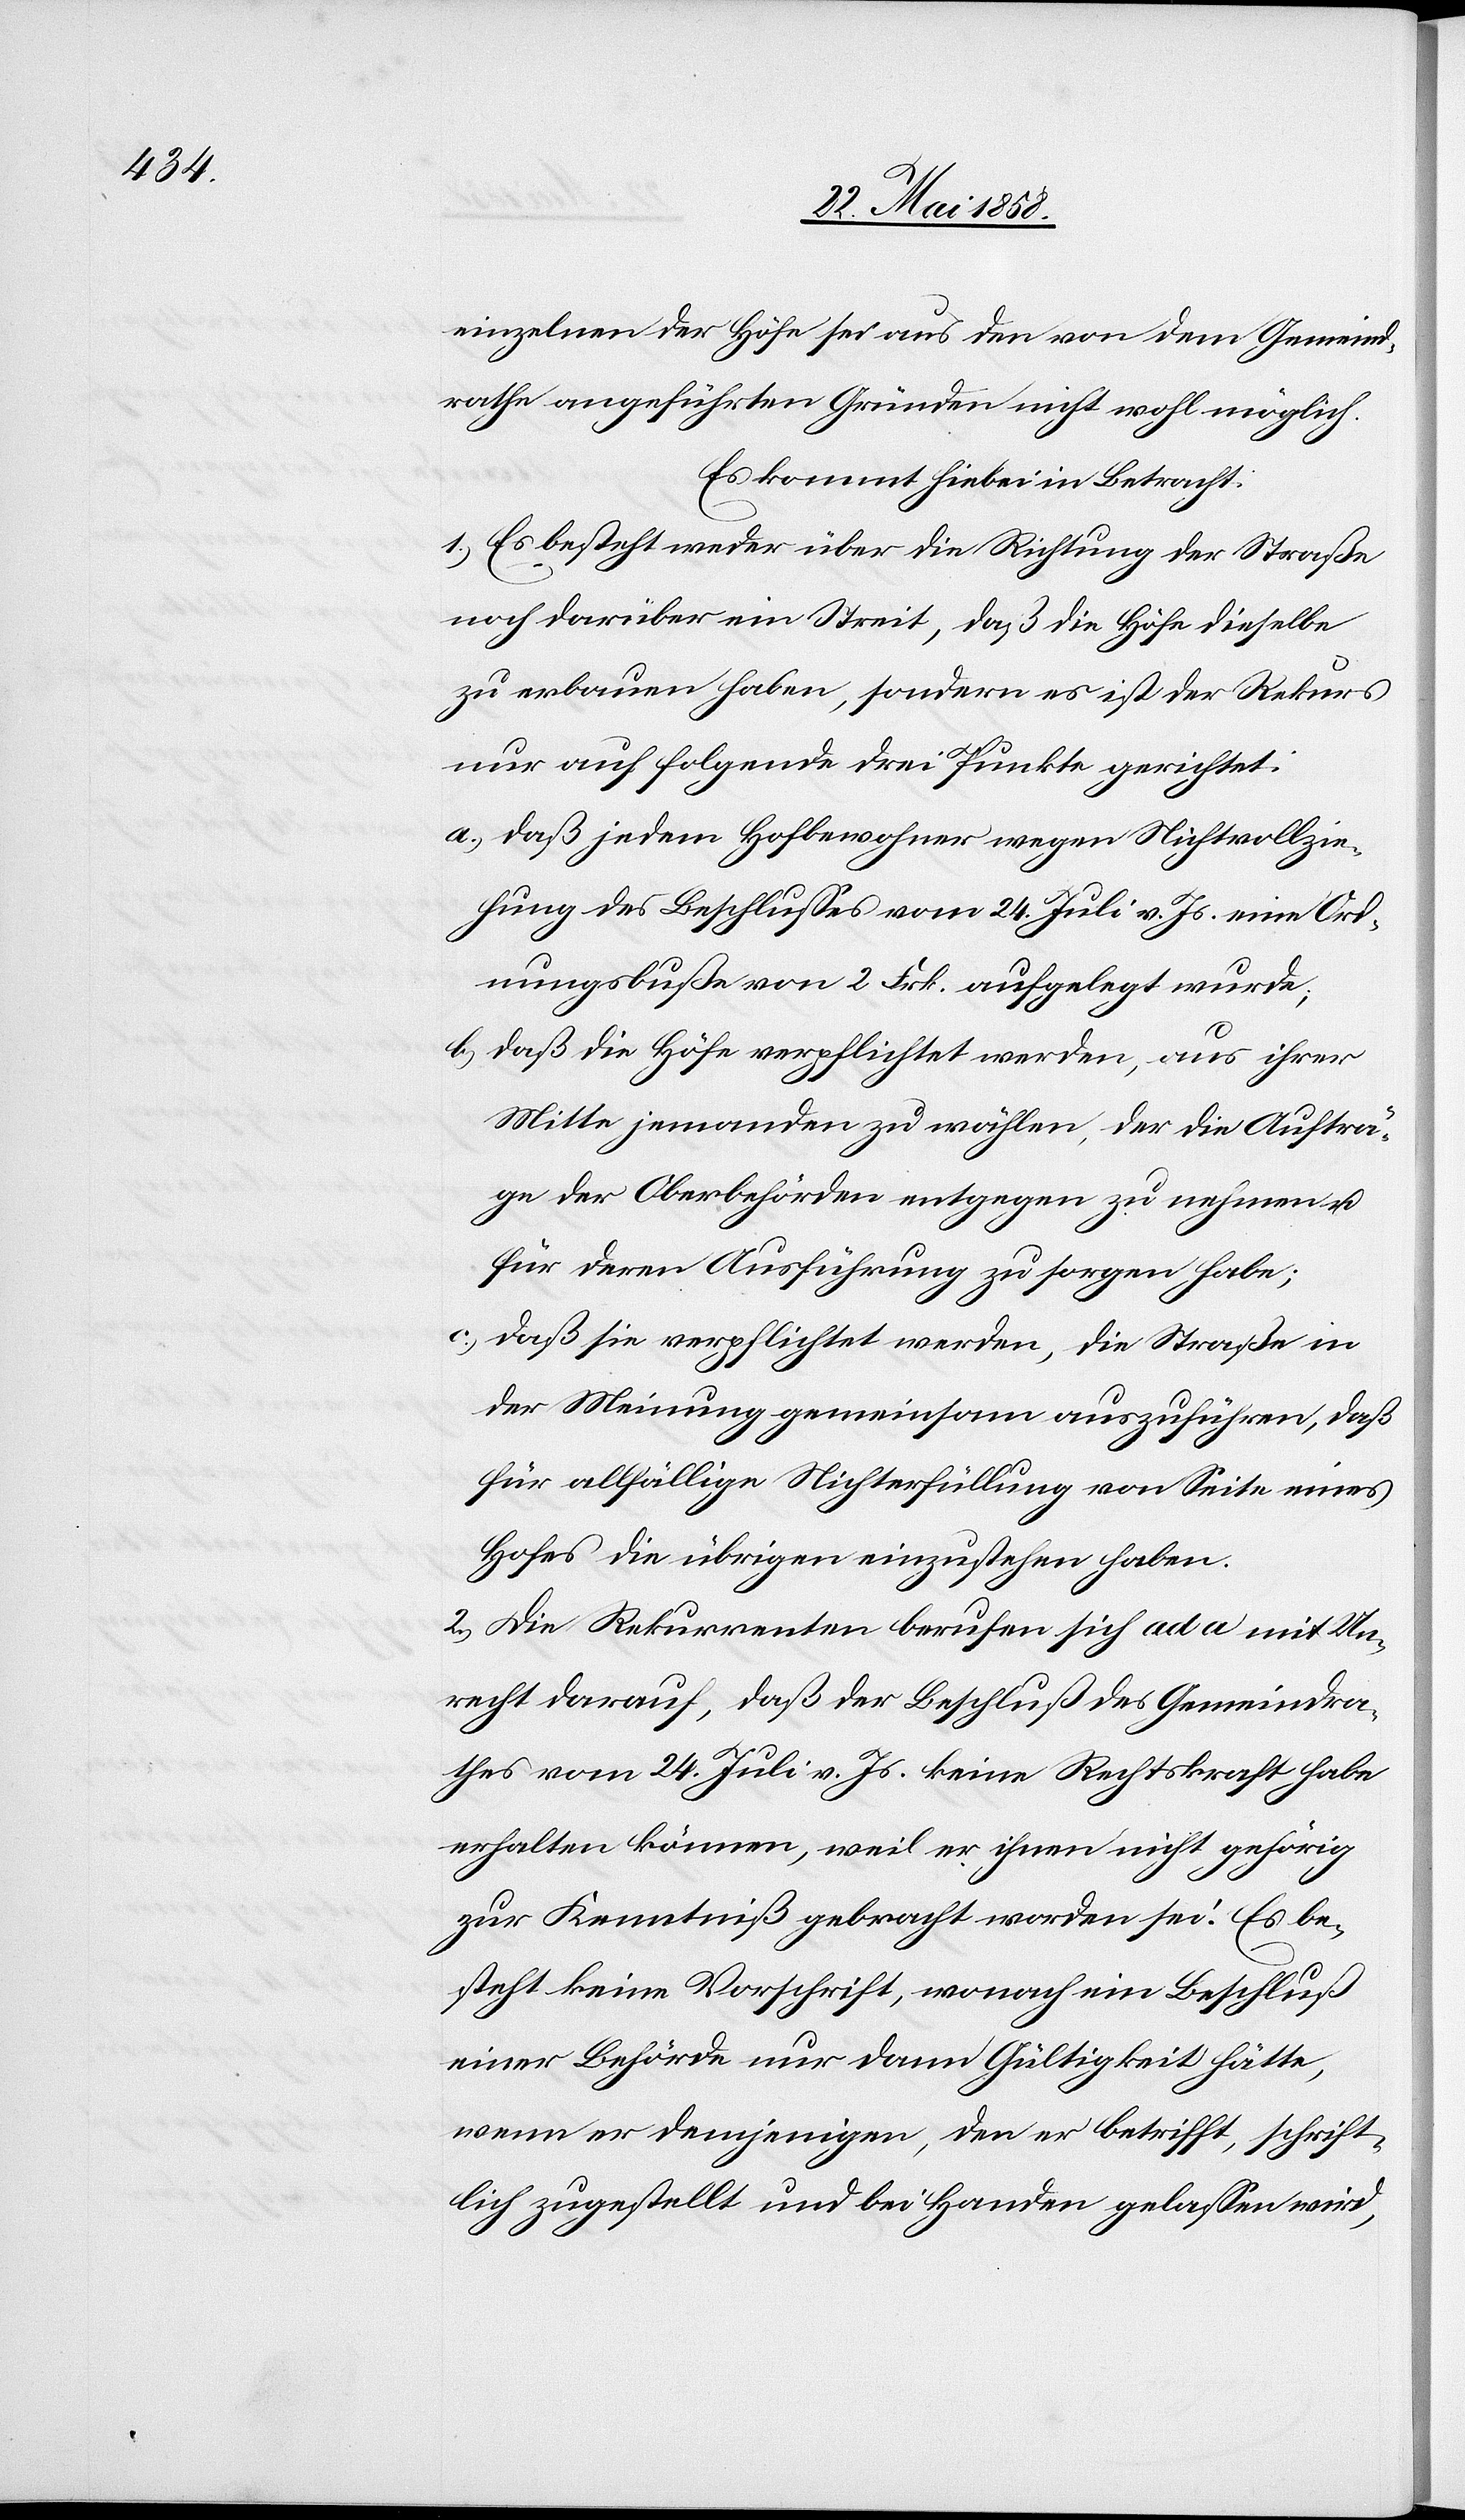
einzelnen der Höfe sei aus den von dem Gemeind¬
rathe angeführten Gründen nicht wohl möglich.
Es kommt hiebei in Betracht:
1. Es besteht weder über die Richtung der Straße
noch darüber ein Streit, daß die Höfe dieselbe
zu erbauen haben, sondern es ist der Rekurs
nur auf folgende drei Punkte gerichtet:
a) daß jedem Hofbewohner wegen Nichtvollzie¬
hung des Beschlusses vom 24. Juli v. Js. eine Ord¬
nungsbuße von 2 Frk. aufgelegt wurde;
b) daß die Höfe verpflichtet werden, aus ihrer
Mitte jemanden zu wählen, der die Aufträ¬
ge der Oberbehörden entgegen zu nehmen u.
für deren Ausführung zu sorgen habe;
c) daß sie verpflichtet werden, die Straße in
der Meinung gemeinsam auszuführen, daß
für allfällige Nichterfüllung von Seite eines
Hofes die übrigen einzustehen haben.
2. Die Rekurrenten berufen sich ad a mit Un¬
recht darauf, daß der Beschluß des Gemeindra¬
thes vom 24. Juli v. Js. keine Rechtskraft habe
erhalten können, weil er ihnen nicht gehörig
zur Kenntniß gebracht worden sei: Es be¬
steht keine Vorschrift, wonach ein Beschluß
einer Behörde nur dann Gültigkeit hätte,
wenn er demjenigen, den er betrifft, schrift¬
lich zugestellt und bei Handen gelassen wird,